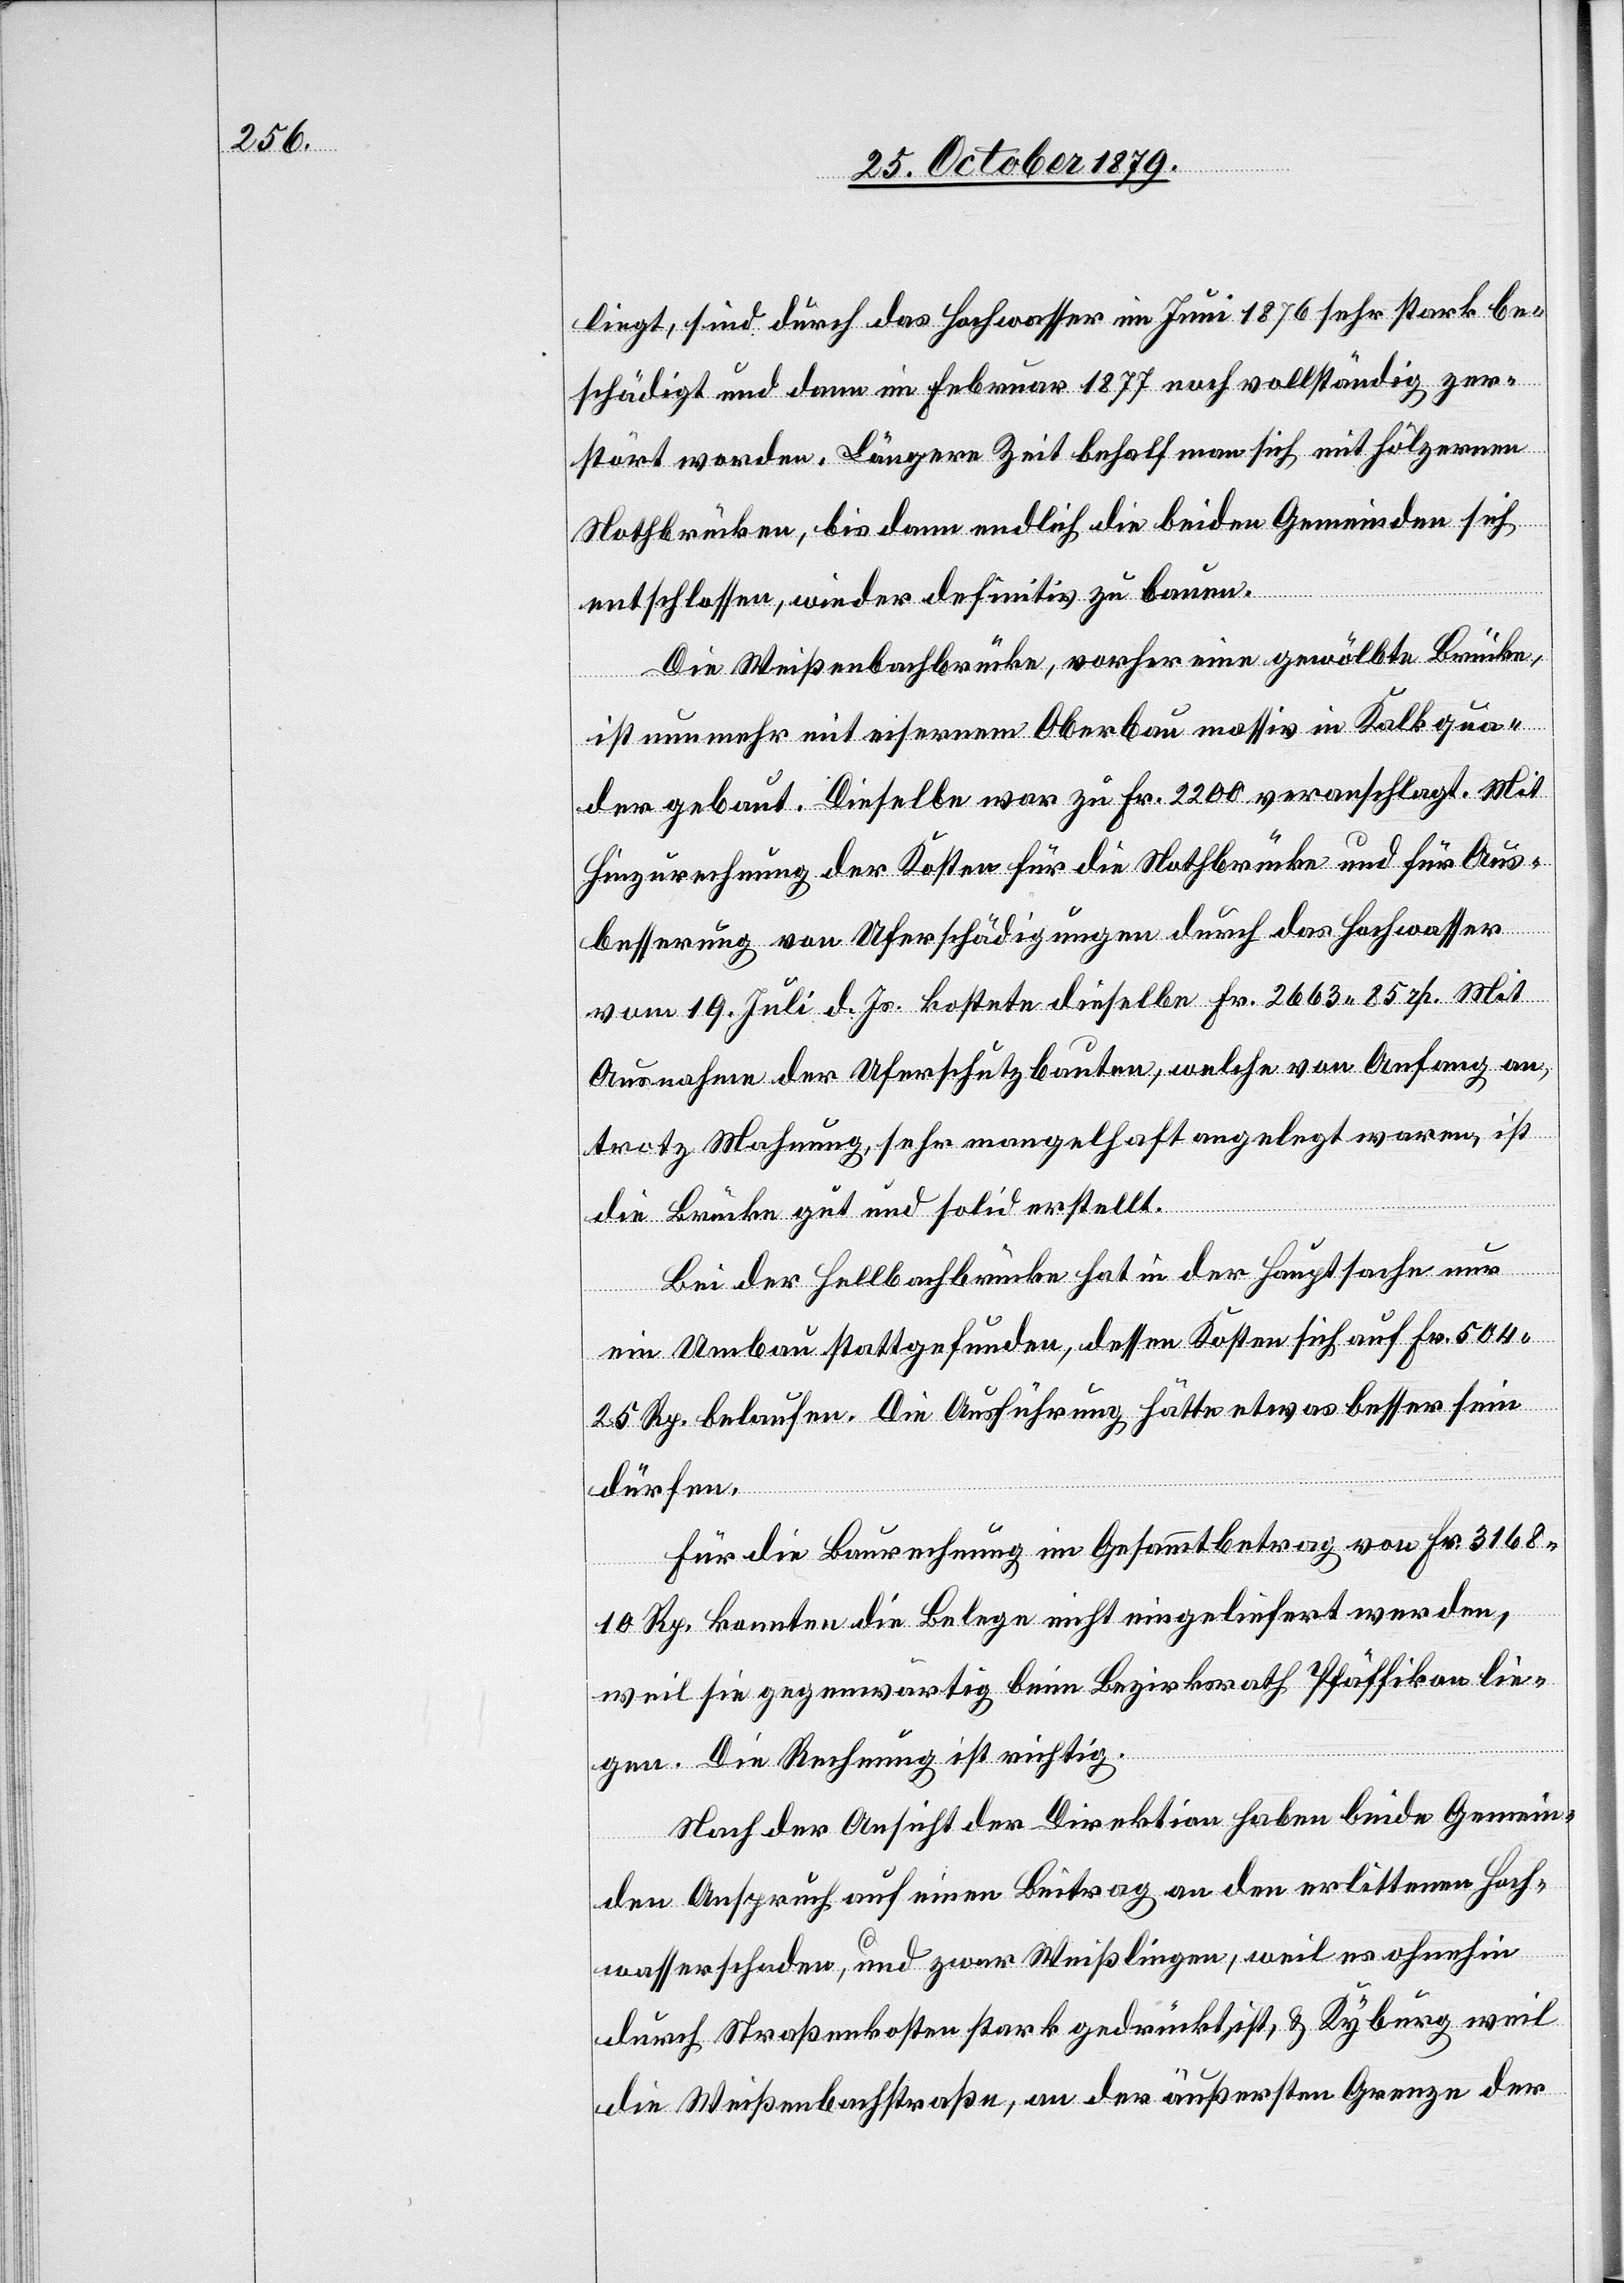
liegt, sind durch das Hochwasser im Juni 1876 sehr stark be¬
schädigt und dann im Februar 1877 noch vollständig zer¬
stört worden. Längere Zeit behalf man sich mit hölzernen
Nothbrücken, bis dann endlich die beiden Gemeinden sich
entschlossen, wieder definitiv zu bauen.
Die Weißenbachbrücke, vorher eine gewölbte Brücke,
ist nunmehr mit eisernem Oberbau massiv in Kalkqua¬
der gebaut. Dieselbe war zu Fr. 2200 veranschlagt. Mit
Hinzurechnung der Kosten für die Nothbrücke und für Aus¬
besserung von Uferschädigungen durch das Hochwasser
vom 19. Juli d. Js. kostete dieselbe Fr. 2663 85 rp. Mit
Ausnahme der Uferschutzbauten, welche von Anfang an,
trotz Mahnung, sehr mangelhaft angelegt waren, ist
die Brücke gut und solid erstellt.
Bei der Hellbachbrücke hat in der Hauptsache nur
ein Umbau stattgefunden, dessen Kosten sich auf Fr. 504
25 Rp. belaufen. Die Ausführung hätte etwas besser sein
dürfen.
Für die Baurechnung im Gesammtbetrag von Fr. 3168
10 Rp. konnten die Belege nicht eingeliefert werden,
weil sie gegenwärtig beim Bezirksrath Pfäffikon lie¬
gen. Die Rechnung ist richtig.
Nach der Ansicht der Direktion haben beide Gemein¬
den Anspruch auf einen Beitrag an den erlittenen Hoch¬
wasserschaden, und zwar Weißlingen, weil es ohnehin
durch Straßenkosten stark gedrückt ist, & Kyburg weil
die Weißenbachstraße, an der äußersten Grenze der